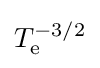
T_{\text{e}}^{-3/2}